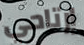
إرتاحي